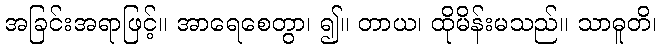
အခြင်းအရာဖြင့်။ အာရေစေတွာ၊ ၍။ တာယ၊ ထိုမိန်းမသည်။ သာဓူတိ၊